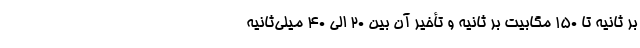
بر ثانیه تا ۱۵۰ مگابیت بر ثانیه و تأخیر آن بین ۲۰ الی ۴۰ میلی‌ثانیه